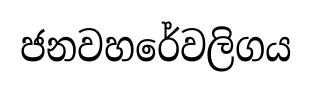
ජනවහරේවලිගය